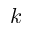
k